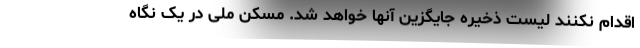
اقدام نکنند لیست ذخیره جایگزین آنها خواهد شد. مسکن ملی در یک نگاه